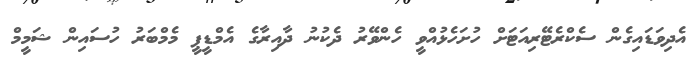
އެދިވަޑައިގެން ސެކްރެޓޭރިއަޓަށް ހުށަހެޅުއްވީ ހެންވޭރު ދެކުނު ދާއިރާގެ އެމްޑީޕީ މެމްބަރު ހުސަައިން ޝަމީމް